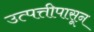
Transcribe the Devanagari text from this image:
उत्पत्तीपासून